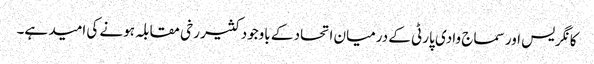
کانگریس اور سماج وادی پارٹی کے درمیان اتحاد کے باوجود کثیر رخی مقابلہ ہونے کی امید ہے۔